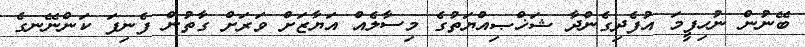
ބޭނުން ނުހިފީމަ އުފެދިގެންދާ ޝަޚްޞިއްޔަތުގެ މިސާލެއް އަޔާޒަށް ވަރަށް ގާތުން ފެނިފަ ކަންނޭނގެ